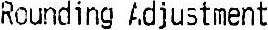
ROUNDING ADJUSTMENT